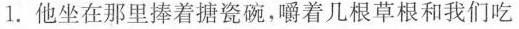
1. 他坐在那里捧着搪瓷碗，嚼着几根草根和我们吃